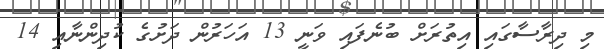
މި ދިރާސާގައި އިތުރަށް ބުނެފައި ވަނީ 13 އަހަރުން ދަށުގެ ކުދިންނާއި 14